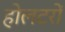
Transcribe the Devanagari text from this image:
होलटरों